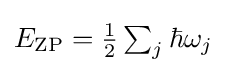
{\textstyle E_{\text{ZP}}={\frac {1}{2}}\sum _{j}\hbar \omega _{j}}